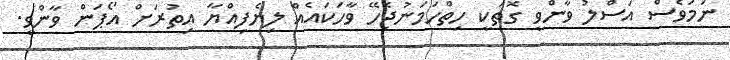
ނަމަވެސް އަސްލު ވާންވީ ގޮތަކީ ހިތްހަމަނުޖެހޭ ވާހަކައެއް ލިޔެފިއްޔާ އިތުރަށް އޯޕަން ވާންވީ.